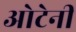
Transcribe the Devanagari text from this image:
ओटेनी